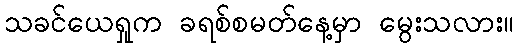
သခင်ယေရှုက ခရစ်စမတ်နေ့မှာ မွေးသလား။